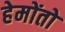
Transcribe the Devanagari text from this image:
हेमोंतो